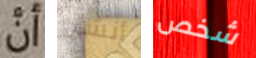
توجد أنشئ شخص